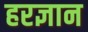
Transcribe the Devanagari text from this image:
हरज्ञान